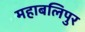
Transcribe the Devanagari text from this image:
महाबलिपुर